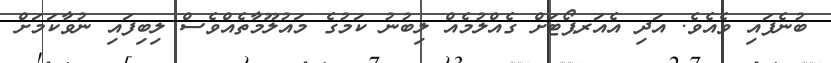
ބުނެފައި ވެއެވެ. އަދި އެއަރޕޯޓަށް ގެއްލުމެއް ލިބުނު ކަމުގެ މައުލޫމާތެއްވެސް ލިބިފައި ނުވާކަމަށް